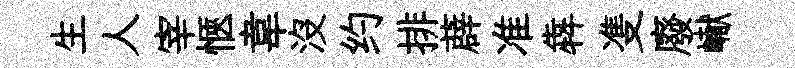
生人宰愜韋沒约排薜准犇㕠廢𪩘